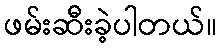
ဖမ်းဆီးခဲ့ပါတယ်။